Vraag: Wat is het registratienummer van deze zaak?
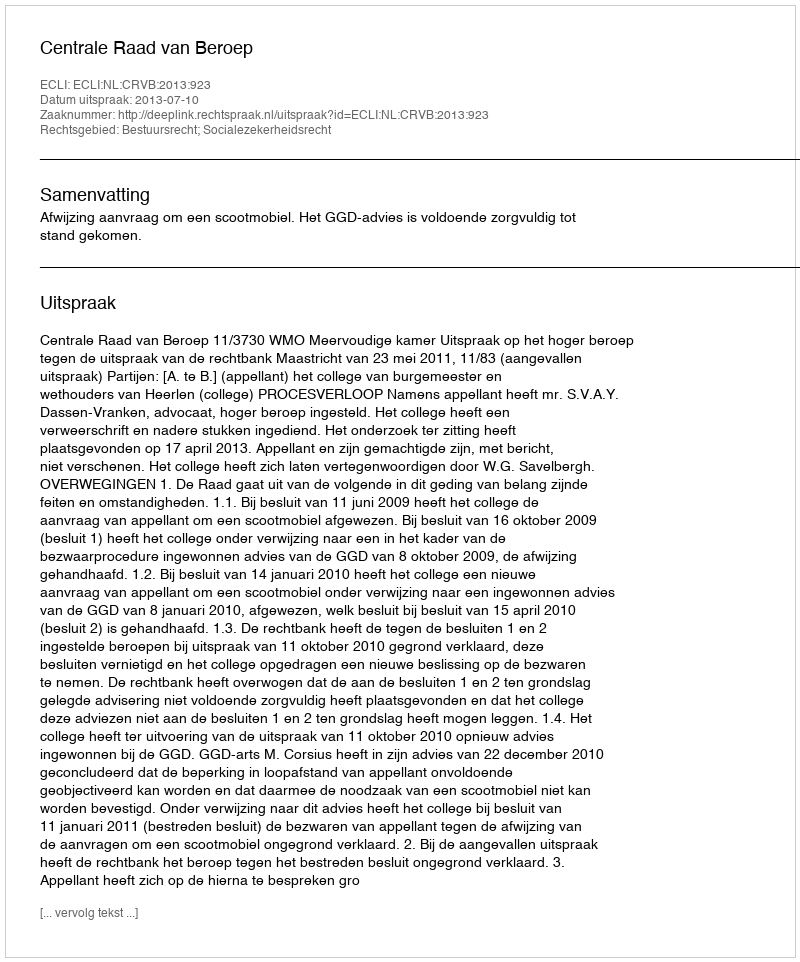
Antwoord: http://deeplink.rechtspraak.nl/uitspraak?id=ECLI:NL:CRVB:2013:923